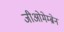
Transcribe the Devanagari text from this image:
जीओमेम्ब्रेन